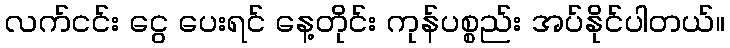
လက်ငင်း ငွေ ပေးရင် နေ့တိုင်း ကုန်ပစ္စည်း အပ်နိုင်ပါတယ်။